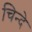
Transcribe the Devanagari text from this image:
चिन्दे